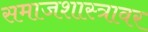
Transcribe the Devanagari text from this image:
समाजशास्त्रावर